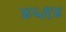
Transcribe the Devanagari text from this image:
४५१४